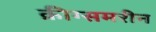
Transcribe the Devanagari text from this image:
क्रीग्समरीन